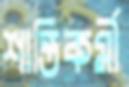
শান্তিকর্মী